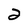
Character: 2